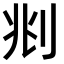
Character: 𠛪